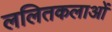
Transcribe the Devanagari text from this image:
ललितकलाओं